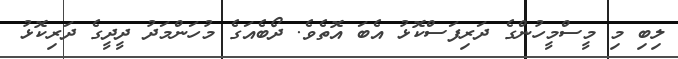
ލިބި މި މީސްމީހުންގެ ދަރިފަސްކޮޅު އެބަ އޮތެވެ. ދޯބެއަގެ މުހަންމަދު ދީދީގެ ދަރިކޮޅު